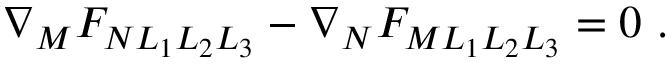
\nabla _ { M } F _ { N L _ { 1 } L _ { 2 } L _ { 3 } } - \nabla _ { N } F _ { M L _ { 1 } L _ { 2 } L _ { 3 } } = 0 ~ .